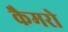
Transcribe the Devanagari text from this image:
कैमरो